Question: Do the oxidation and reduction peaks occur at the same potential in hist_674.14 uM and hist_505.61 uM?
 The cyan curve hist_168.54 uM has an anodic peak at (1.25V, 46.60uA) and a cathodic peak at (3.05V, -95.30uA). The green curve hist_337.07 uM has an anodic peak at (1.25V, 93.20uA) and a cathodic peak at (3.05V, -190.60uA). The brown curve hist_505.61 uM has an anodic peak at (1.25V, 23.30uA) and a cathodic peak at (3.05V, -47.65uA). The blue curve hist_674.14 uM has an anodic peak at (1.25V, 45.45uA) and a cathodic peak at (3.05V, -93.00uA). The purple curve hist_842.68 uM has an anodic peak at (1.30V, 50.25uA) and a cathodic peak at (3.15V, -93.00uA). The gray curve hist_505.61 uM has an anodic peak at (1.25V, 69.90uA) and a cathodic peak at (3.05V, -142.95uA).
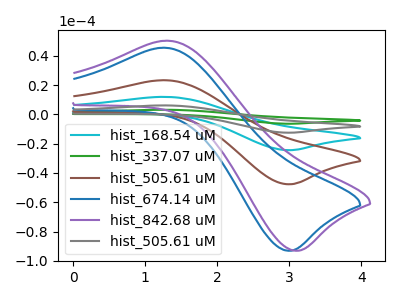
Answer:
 <answer>Yes, "hist_674.14 uM" have a peak in "hist_505.61 uM" at the same potential.</answer>
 <eval>match</eval>